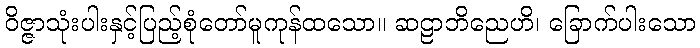
ဝိဇ္ဇာသုံးပါးနှင့်ပြည့်စုံတော်မူကုန်ထသော။ ဆဠာဘိညေဟိ၊ ခြောက်ပါးသော